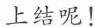
上结呢！